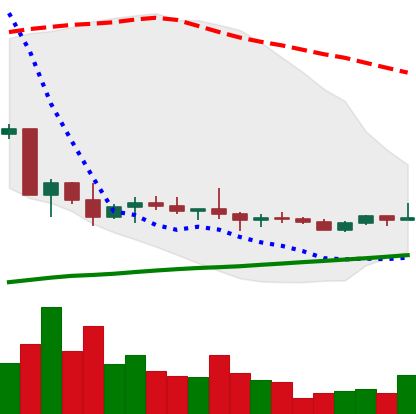
Ticker: ETC-USD
Chart end date: 2022-10-06
Forward return: -14.707%
Label: down_7plus